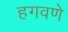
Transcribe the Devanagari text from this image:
हगवणे